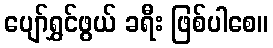
ပျော်ရွှင်ဖွယ် ခရီး ဖြစ်ပါစေ။